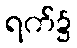
ရက်၌